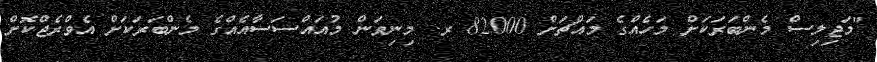
"މަޖިލިސް މެންބަރަކަށް މަހެއްގެ މައްޗަށް 82000 ރ. މިނިވަން މުއައްސަސާއެއްގެ މެންބަރަކަށް އެވްރެޖްކޮށް